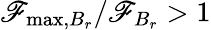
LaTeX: \mathscr{F}_{\mathrm{{max}},B_{r}}/\mathscr{F}_{B_{r}}>1